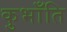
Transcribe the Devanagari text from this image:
कुभाँति